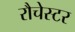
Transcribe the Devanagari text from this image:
रौचेस्टर